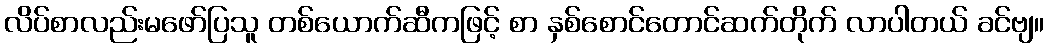
လိပ်စာလည်းမဖော်ပြသူ တစ်ယောက်ဆီကဖြင့် စာ နှစ်စောင်တောင်ဆက်တိုက် လာပါတယ် ခင်ဗျ။